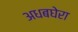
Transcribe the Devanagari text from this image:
अधबघेरा